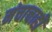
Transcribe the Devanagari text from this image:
मंचाचाही